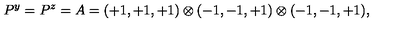
P ^ { y } = P ^ { z } = A = ( + 1 , + 1 , + 1 ) \otimes ( - 1 , - 1 , + 1 ) \otimes ( - 1 , - 1 , + 1 ) , \,